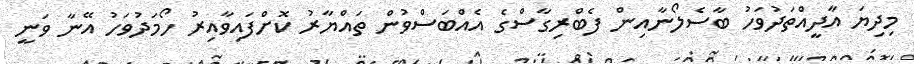
މިދިޔަ އާދީއްތަދުވަހު ބާސެލޯނާއިން ފެބްރިގާސްގެ އެއްބަސްވުން ތައްޔާރު ކޮށްފައިވާއިރު ހޯމަދުވަހު އޭނާ ވަނީ